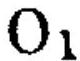
$O_{1}$